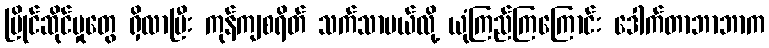
ပြိုင်ဆိုင်မှုတွေ ရှိလာပြီး ကုန်ကျစရိတ် သက်သာမယ်လို့ ယုံကြည်ကြကြောင်း ဒေါက်တာဘာဘာက